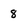
Character: 8